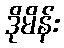
ဒိုမိန်း